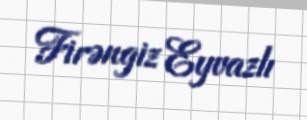
Firəngiz Eyvazlı